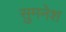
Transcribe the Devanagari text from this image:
सुमनेश